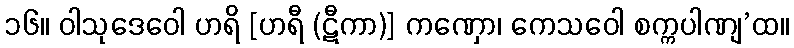
၁၆။ ဝါသုဒေဝေါ ဟရိ [ဟရီ (ဋီကာ)] ကဏှော၊ ကေသဝေါ စက္ကပါဏျ’ထ။